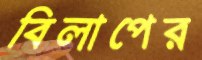
বিলাপের